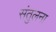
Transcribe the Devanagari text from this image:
संतुलना